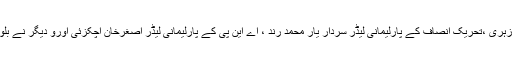
ان خیالات کااظہار متحدہ اپوزیشن کے نامزد امیدوار برائے وزارت اعلیٰ میر یونس عزیز زہری ،تحریک انصاف کے پارلیمانی لیڈر سردار یار محمد رند ، اے این پی کے پارلیمانی لیڈر اصغرخان اچکزئی اورو دیگر نے بلوچستان اسمبلی کے اجلاس میں قائد ایوان کے انتخاب کے بعد اظہار خیال کرتے ہوئے کیا ۔